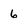
Character: 6